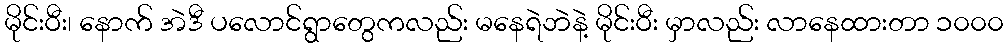
မိုင်းဝီး၊ နောက် အဲဒီ ပလောင်ရွာတွေကလည်း မနေရဲဘဲနဲ့ မိုင်းဝီး မှာလည်း လာနေထားတာ ၁၀၀၀